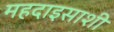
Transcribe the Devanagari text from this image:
महदाइसाशी